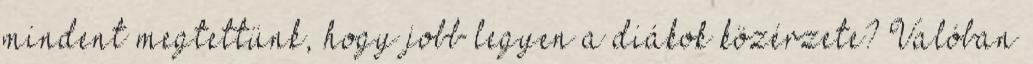
mindent megtettünk, hogy jobb legyen a diákok közérzete? Valóban